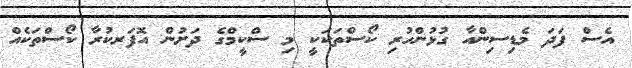
އެސް ފަދަ މެޑިސިންއާ ގުޅުންހުރި ކޯސްތަކަކީ މި ސްކީމްގެ ދަށުން އޮފަރކުރާ ކޯސްތަކެއް